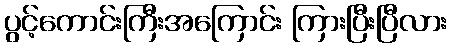
ပွင့်ကောင်းကြီးအကြောင်း ကြားပြီးပြီလား